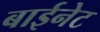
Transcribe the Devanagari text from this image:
बाईनेट